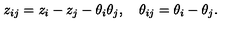
z _ { i j } = z _ { i } - z _ { j } - \theta _ { i } \theta _ { j } , \quad \theta _ { i j } = \theta _ { i } - \theta _ { j } .